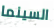
السينما